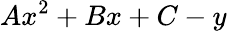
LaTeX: Ax^{2}+Bx+C-y